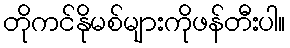
တိုကင်နိုမစ်များကိုဖန်တီးပါ။